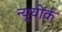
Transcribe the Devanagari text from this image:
न्यूयोंर्क